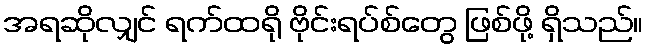
အရဆိုလျှင် ရက်ထရို ဗိုင်းရပ်စ်တွေ ဖြစ်ဖို့ ရှိသည်။